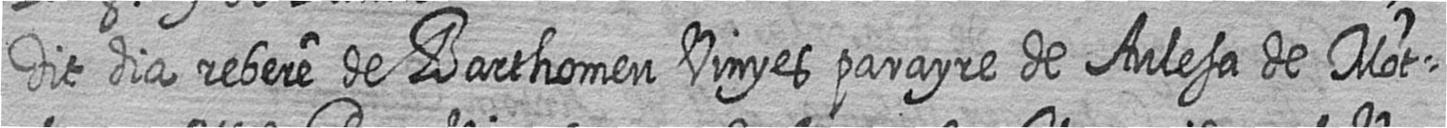
Dit dia rebere de Barthomeu Vinyes parayre de Aulesa de Mot=